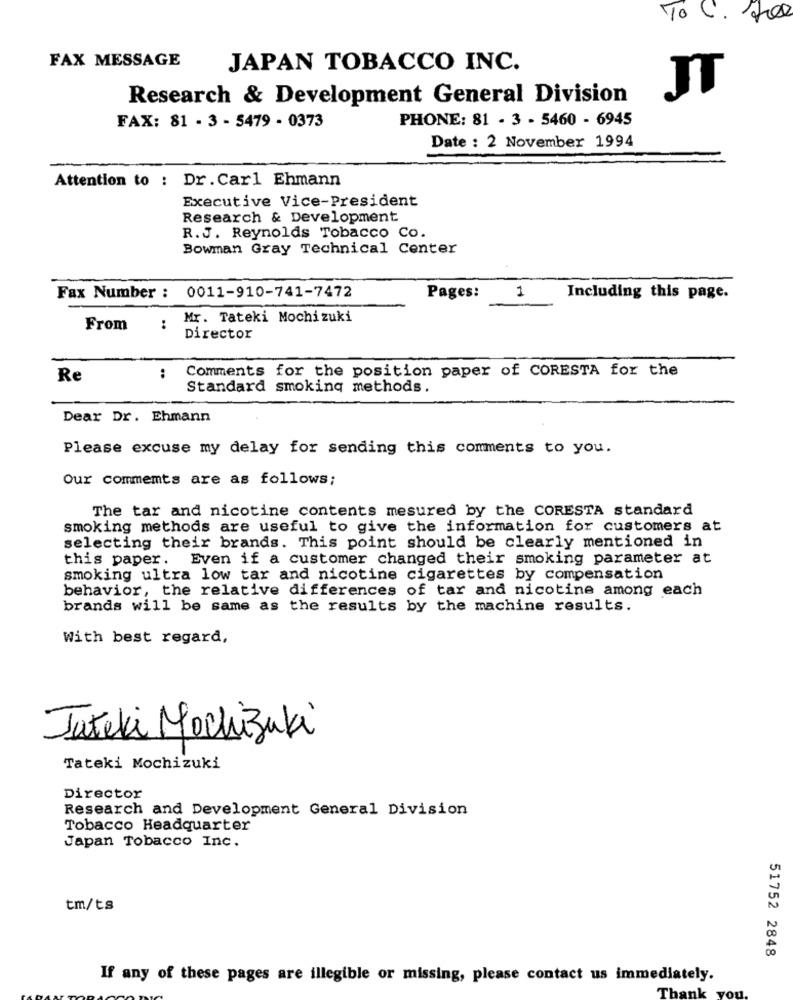
To C. Lee
FAX MESSAGE
JAPAN TOBACCO INC.
Research & Development General Division
JT
PHONE: 81 - 3 - 5460 - 6945
FAX: 81 - 3 - 5479 - 0373
Date : 2 November 1994
Attention to : Dr. Carl Ehmann
Executive Vice-President
Research & Development
R.J. Reynolds Tobacco Co.
Bowman Gray Technical Center
Fax Number : 0011-910-741-7472
Pages:
1
Including this page.
Mr. Tateki Mochizuki
From
:
Director
Comments for the position paper of CORESTA for the
Re
:
Standard smoking methods.
Dear Dr. Ehmann
Please excuse my delay for sending this comments to you.
Our comments are as follows;
The tar and nicotine contents mesured by the CORESTA standard
smoking methods are useful to give the information for customers at
selecting their brands. This point should be clearly mentioned in
this paper. Even if a customer changed their smoking parameter at
smoking ultra low tar and nicotine cigarettes by compensation
behavior, the relative differences of tar and nicotine among each
brands will be same as the results by the machine results.
With best regard,
Jateki Mochizuki
Tateki Mochizuki
Director
Research and Development General Division
Tobacco Headquarter
Japan Tobacco Inc.
tm/ts
51752 2848
If any of these pages are illegible or missing, please contact us immediately.
Thank you